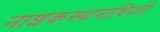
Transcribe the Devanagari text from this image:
नाशकस्थानाधिपती